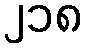
၂၁၈